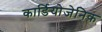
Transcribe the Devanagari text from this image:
कार्डियोजेनिक